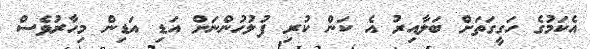
އެކަމުގެ ހަގީގަތަށް ބަލާއިރު އެ ކަން ކުރި ފުލުހުންނަށް އަޑި އަޑިން މިހާރުވެސް